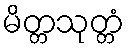
မိတ္တသုတ္တံ